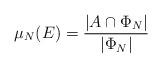
LaTeX: \begin{align*}\mu_N(E)= \dfrac{|A \cap \Phi_N|}{|\Phi_N|}\end{align*}